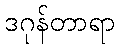
ဒဂုန်တာရာ